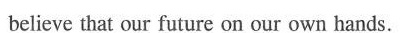
believe that our future on our own hands.